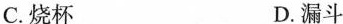
C.烧杯 D.漏斗